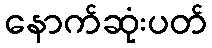
နောက်ဆုံးပတ်